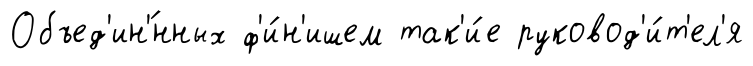
Объед'ин'́нных ф'и́н'ишем так'и́е руковод'и́т'ел'я